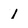
Character: 1